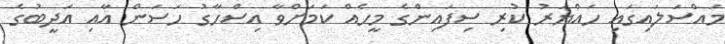
މައްސަލައިގައި ހައްޔަރު ކުރި ސިފައިންގެ މީހެއް ކަމަށްވާ އިސްހާގު ހަސަން އާއި އަދީބުގެ